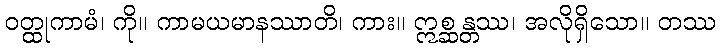
ဝတ္ထုကာမံ၊ ကို။ ကာမယမာနဿာတိ၊ ကား။ ဣစ္ဆန္တဿ၊ အလိုရှိသော။ တဿ